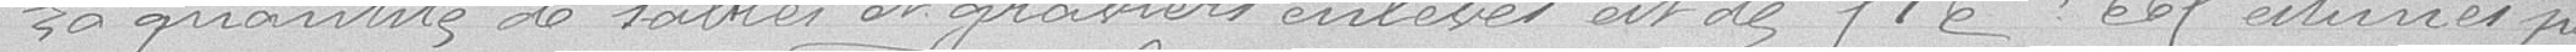
La quantité de sables et graviers enlevés est  pas